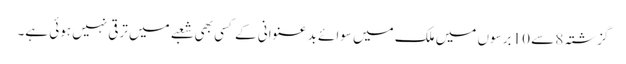
گزشتہ 8 سے 10 برسوں میں ملک میں سوائے بد عنوانی کے کسی بھی شعبے میں ترقی نہیں ہوئی ہے۔